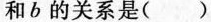
和b的关系是()